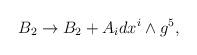
LaTeX: \begin{align*}B_2 \rightarrow B_2 + A_idx^i\wedge g^5,\end{align*}